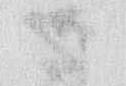
ハ